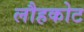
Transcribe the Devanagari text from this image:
लौहकोट